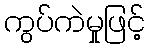
ကွပ်ကဲမှုဖြင့်